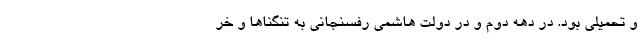
و تحمیلی بود. در دهه دوم و در دولت هاشمی رفسنجانی به تنگناها و خر